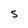
Character: s